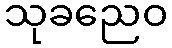
သုခညေဝ